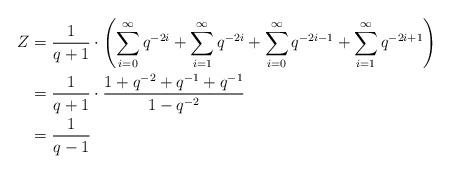
LaTeX: \begin{align*} Z & = \frac{1}{q+1} \cdot \left( \sum_{i=0}^{\infty} q^{-2i} + \sum_{i=1}^{\infty} q^{-2i} + \sum_{i=0}^{\infty} q^{-2i-1} + \sum_{i=1}^{\infty} q^{-2i+1} \right) \\ & = \frac{1}{q+1} \cdot \frac{1 + q^{-2} + q^{-1} + q^{-1}}{1 - q^{-2}} \\ & = \frac{1}{q-1}\end{align*}